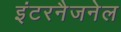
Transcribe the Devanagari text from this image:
इंटरनैजनेल